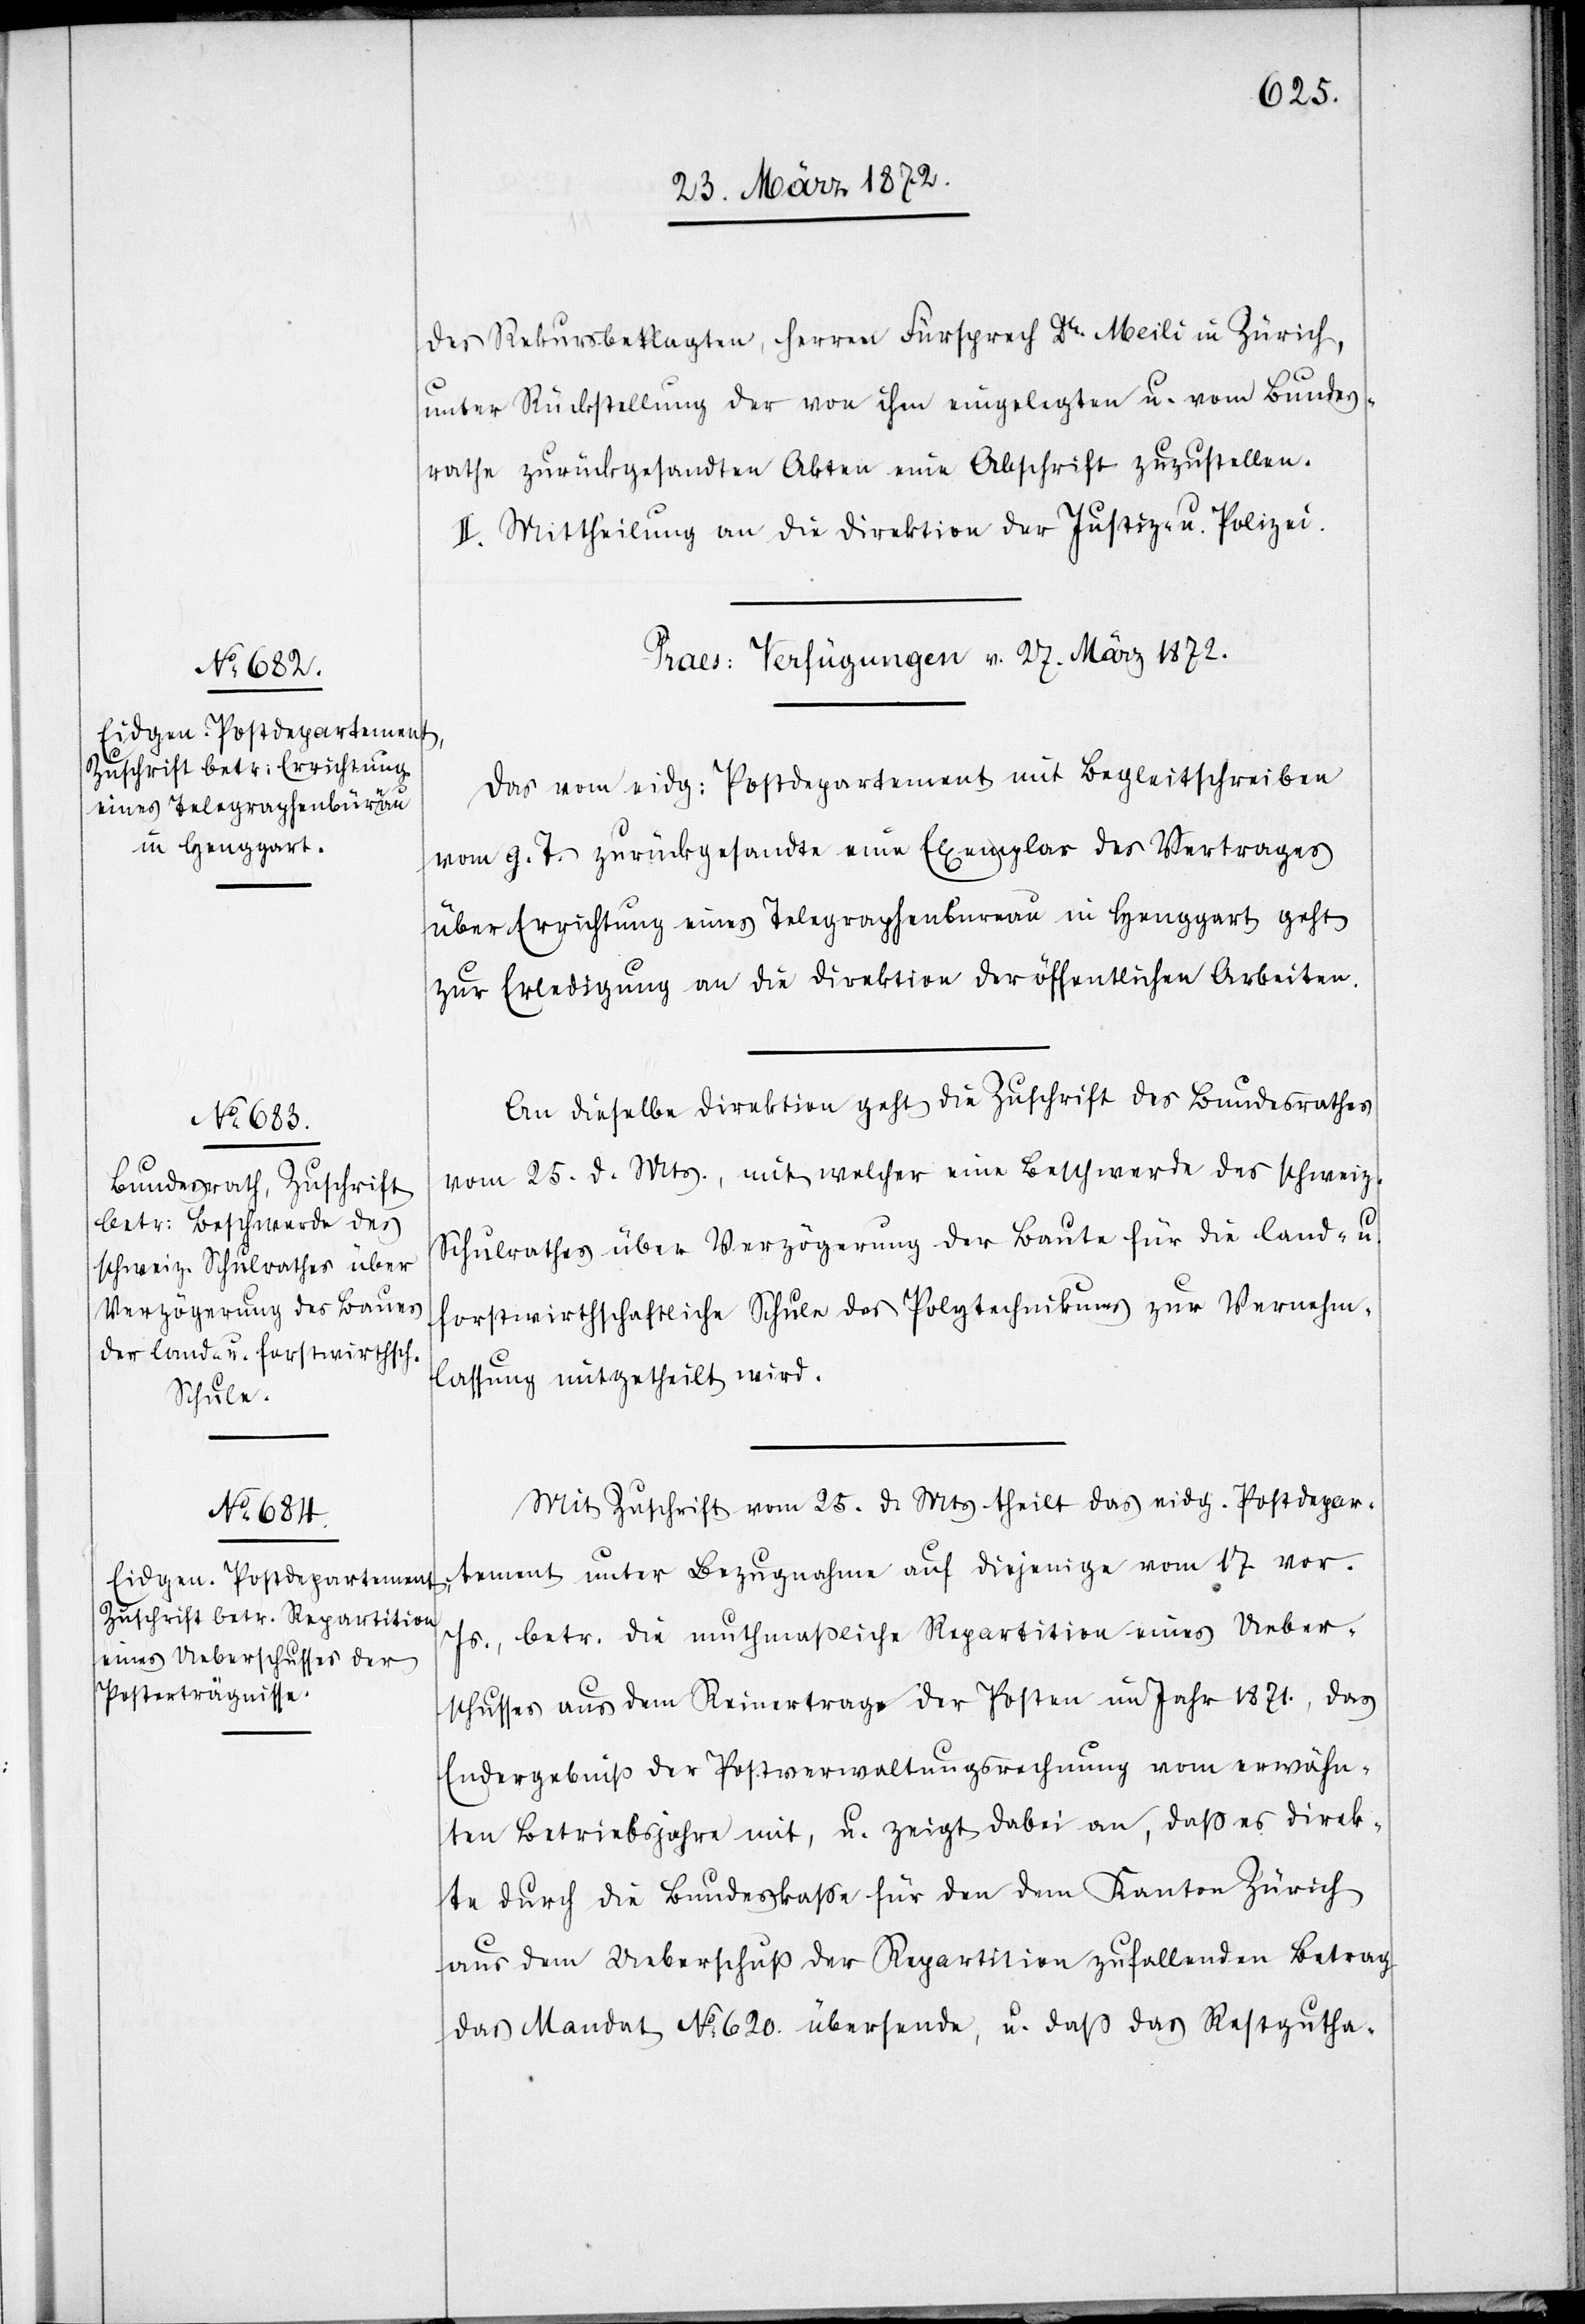
des Rekursbeklagten, Herren Fürsprech Dr. Meili in Zürich,
unter Rückstellung der von ihm eingelegten u. vom Bundes¬
rathe zurückgesandten Akten eine Abschrift zuzustellen.
II. Mittheilung an die Direktion der Justiz- u. Polizei.
[Praes: Verfügungen v. 27. März 1872.]
Das vom eidg: Postdepartement mit Begleitschreiben
vom g. T. zurückgesandte eine Exemplar des Vertrages
über Errichtung eines Telegraphenbureau in Henggart geht
zur Erledigung an die Direktion der öffentlichen Arbeiten.
An dieselbe Direktion geht die Zuschrift des Bundesrathes
vom 25. d. Mts., mit welcher eine Beschwerde des schweiz.
Schulrathes über Verzögerung der Baute für die land- u.
forstwirthschaftliche Schule des Polytechnikums zur Vernehm¬
lassung mitgetheilt wird.
Mit Zuschrift vom 25. d. Mts theilt das eidg. Postdepar¬
tement unter Bezugnahme auf diejenige vom 17. vor.
Js., betr. die muthmaßliche Repartition eines Ueber¬
schusses aus dem Reinertrage der Posten im Jahr 1871., das
Endergebniß der Postverwaltungsrechnung vom erwähn¬
ten Betriebsjahre mit, u. zeigt dabei an, daß es direk¬
te durch die Bundeskasse für den dem Kanton Zürich
aus dem Ueberschuß der Repartition zufallenden Betrag
das Mandat No 620. übersende, u. daß das Restgutha-